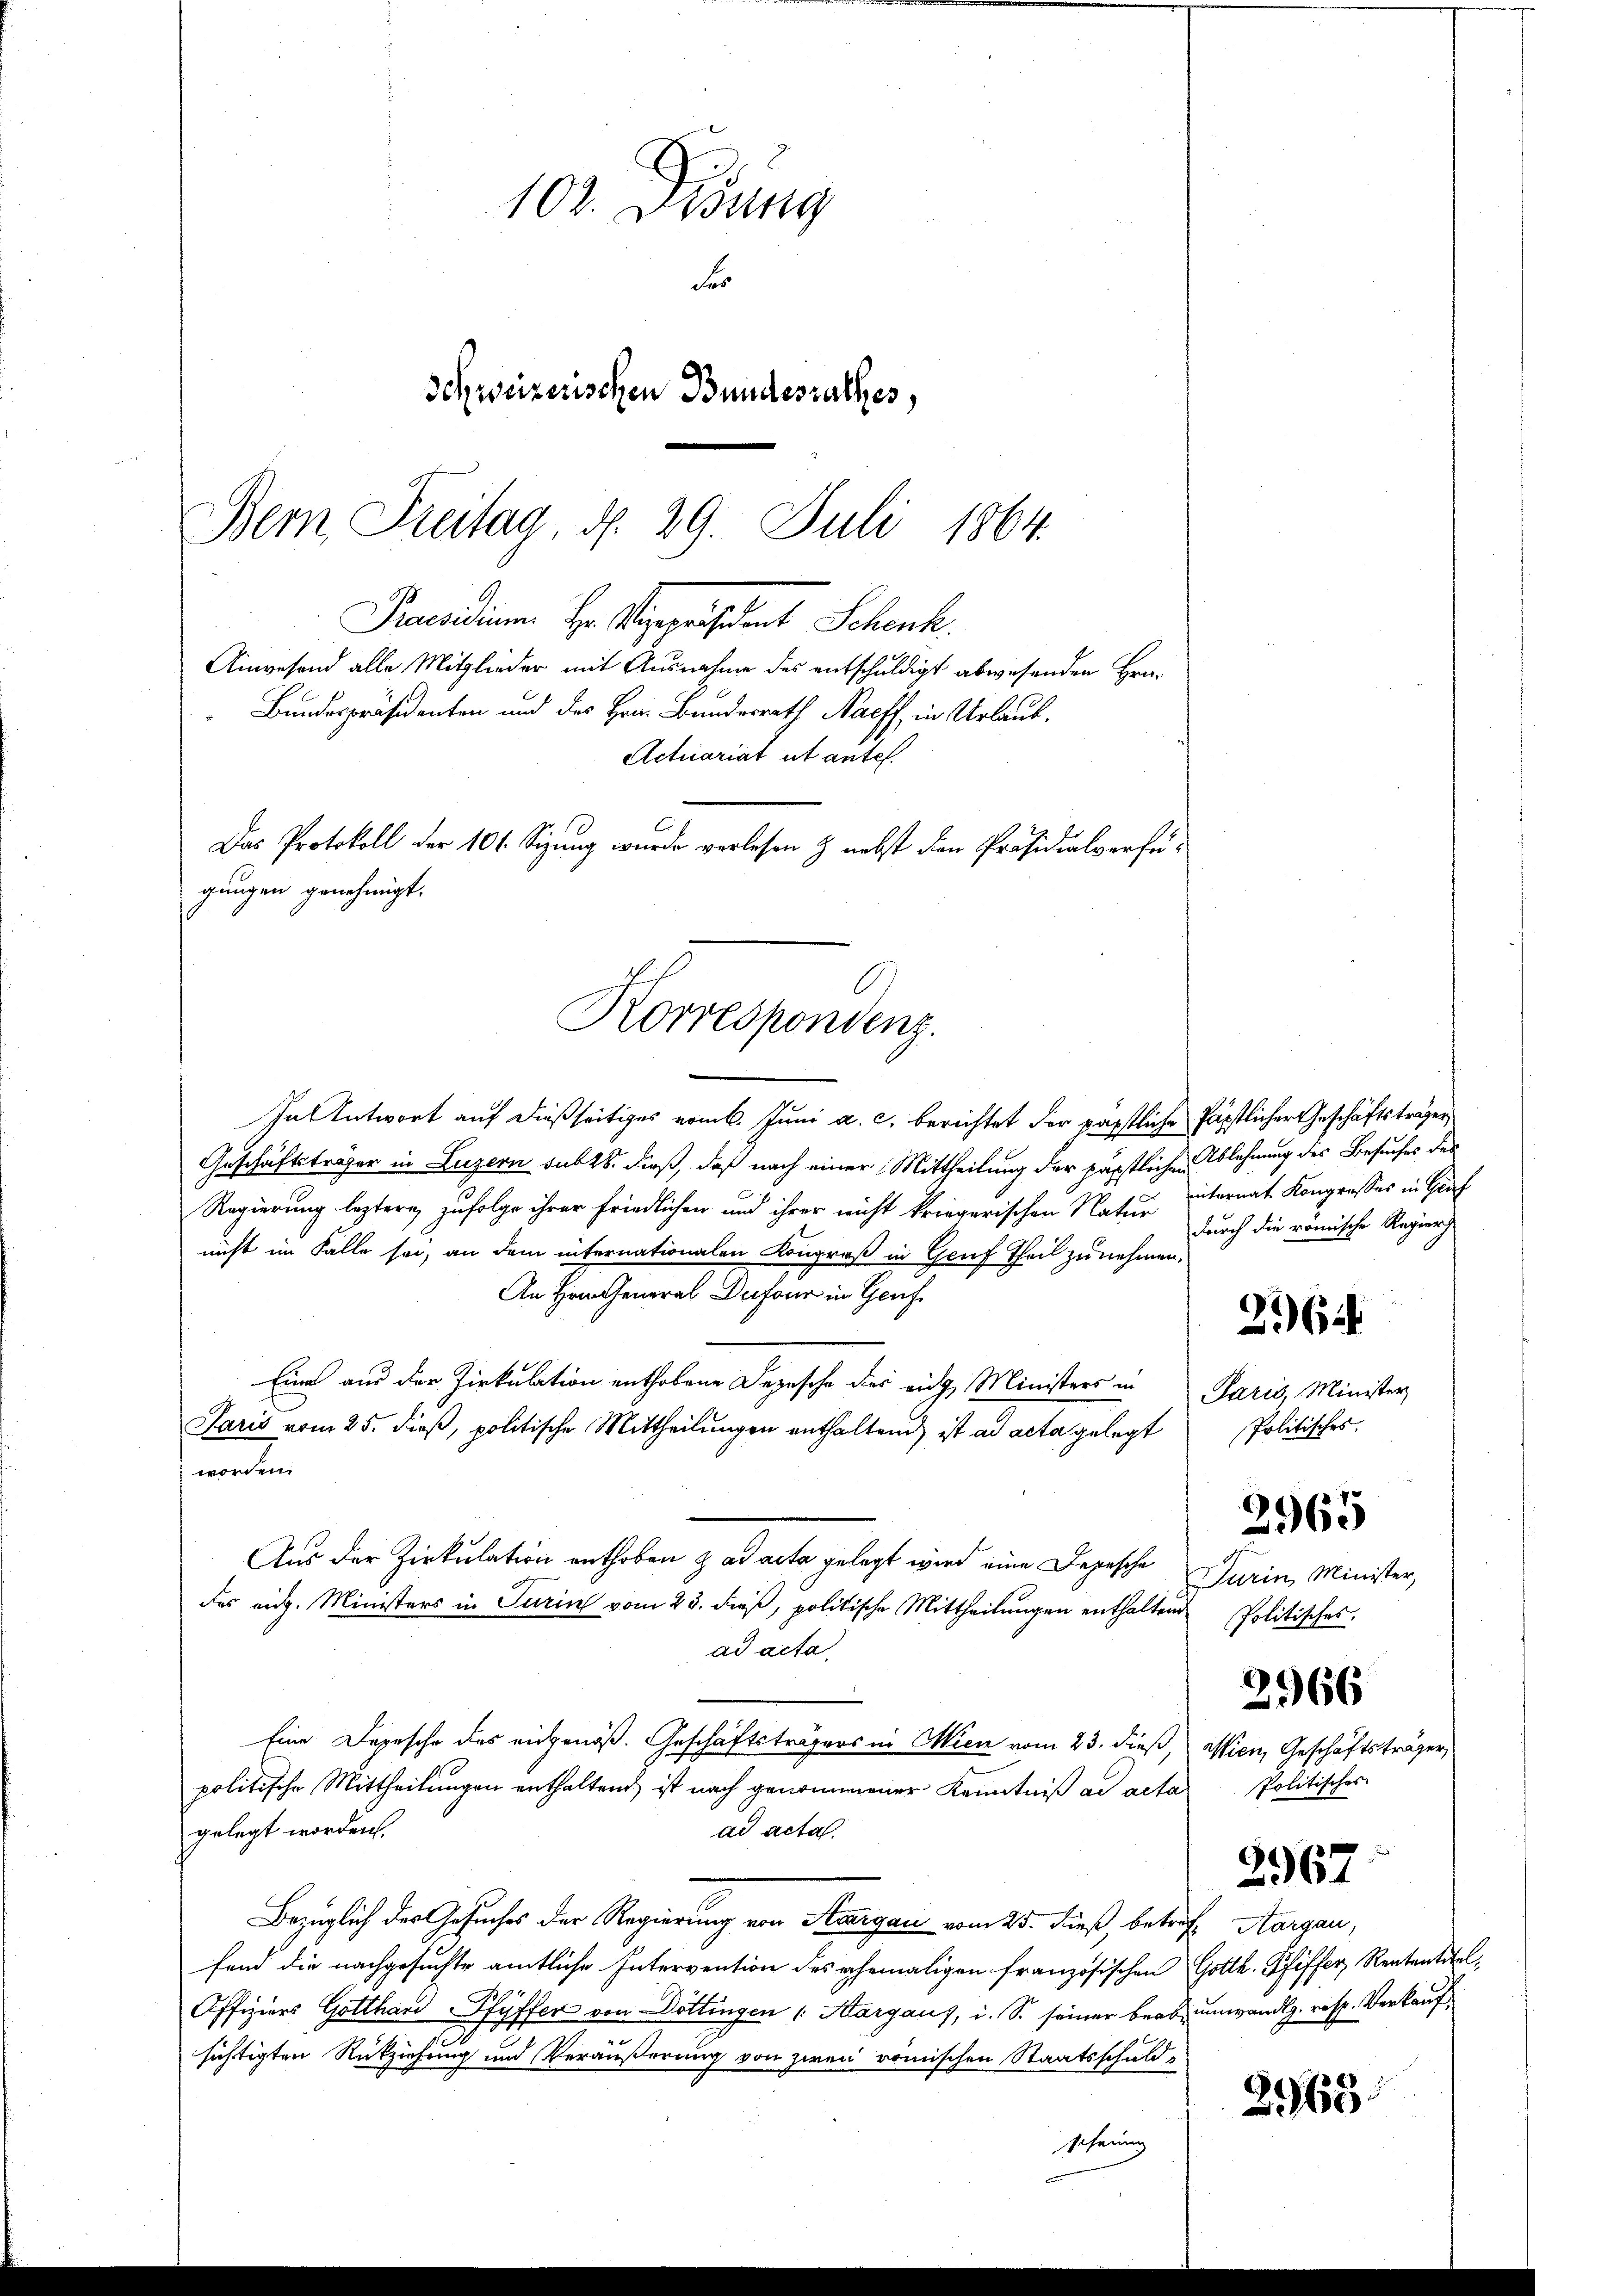
Praesidium Hr. Vizepräsident Schenk.
Aingesand alle Mitglieder mit Ausnahme des entschuldigt abwesenden Fra¬
Bundespräsidenten und des Hrn. Bundesrath Naeff, in Urlaub¬
Actuariat ut antes.
Das Protokoll der 101. Sizung wurde verlesen & nebst den Präsidialverfügungen genehmigt.
Korrespondenz.

102. Disung
Fer
Schweizerischen Bundesrathes,
Bern Freitag, d. 29. Juli 1864.

In Antwort auf dießseitiges ermb. Juni a. c. berichtet der päpstliche päpstlicher Geschäftsträger
Geschäftsträger in Luzern sub 18. dieß, daß nach einer Mittheilung der päpstlichen Ablehnung des Besuches des
Regierung leztern, zufolge ihrer Friedlichen und ihrer nicht kriegerischen Natur eiternat. Kongresses in Graf
nicht im Falle sei, an dem internationalen Kongroß in Genf Theil zu nehmen,
An Hrn. General Dufour im Genf
Eine aus der Zirkulation enthobene Depesche dies eige Ministers in Paris, Minister
Paris vom 25. dieß, politische Mittheilungen enthaltend, ist ad acta gelegt
worden.
Aus der Zirkulation enthoben zad acta gelegt wird eine Depesche Turin, Minister,
das eidg. Ministers in Turin vom 23. dieß, politische Mittheilungen enthaltend Politisches.
ad acta
2966
Eine Depesche des eidgenöß. Geschäftsträgers in Wien vom 23. dieß, Wien, Geschäftsträger,
Politisches
politische Mittheilungen enthaltend ist nach genommener Kenntniß ad acta
gelegt worden.
ad acta.
2967
Bezüglich der Gesuches der Regierung von Staargau vom 25. dieß, betraft Aargau,
fend die nachgesuchte amtliche Intervention des ehemaligen französischen Gotth. Pfiffer, Rententitel,
Affiziers Gotthard Pfyffer von Dottingen /: Margaus, i. S. seiner baar umwandlg. resp. Verkauf
4 x
sichtigten Rückziehung und Veräußerung von zwei römischen Staatsschuld-
2965
scheinig

durch die römische Regier

262

Politisches.

2965